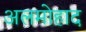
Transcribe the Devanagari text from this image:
अलमोहाद